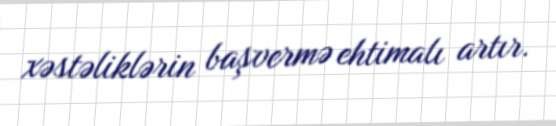
xəstəliklərin başvermə ehtimalı artır.